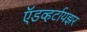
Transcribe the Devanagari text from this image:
ऍडव्हर्टायझर